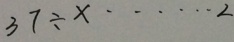
3 7 \div x \cdots 2